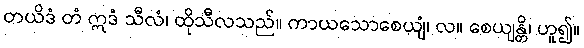
တယိဒံ တံ ဣဒံ သီလံ၊ ထိုသီလသည်။ ကာယသောစေယျံ၊ လ။ စေယျန္တိ၊ ဟူ၍။